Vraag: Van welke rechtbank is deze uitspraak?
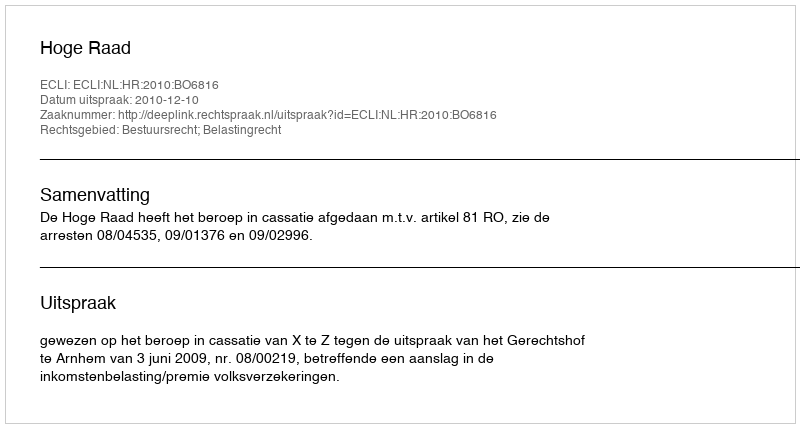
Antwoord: Hoge Raad